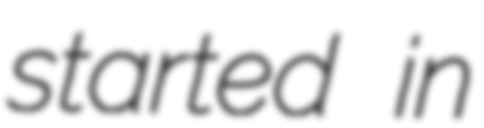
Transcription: started in